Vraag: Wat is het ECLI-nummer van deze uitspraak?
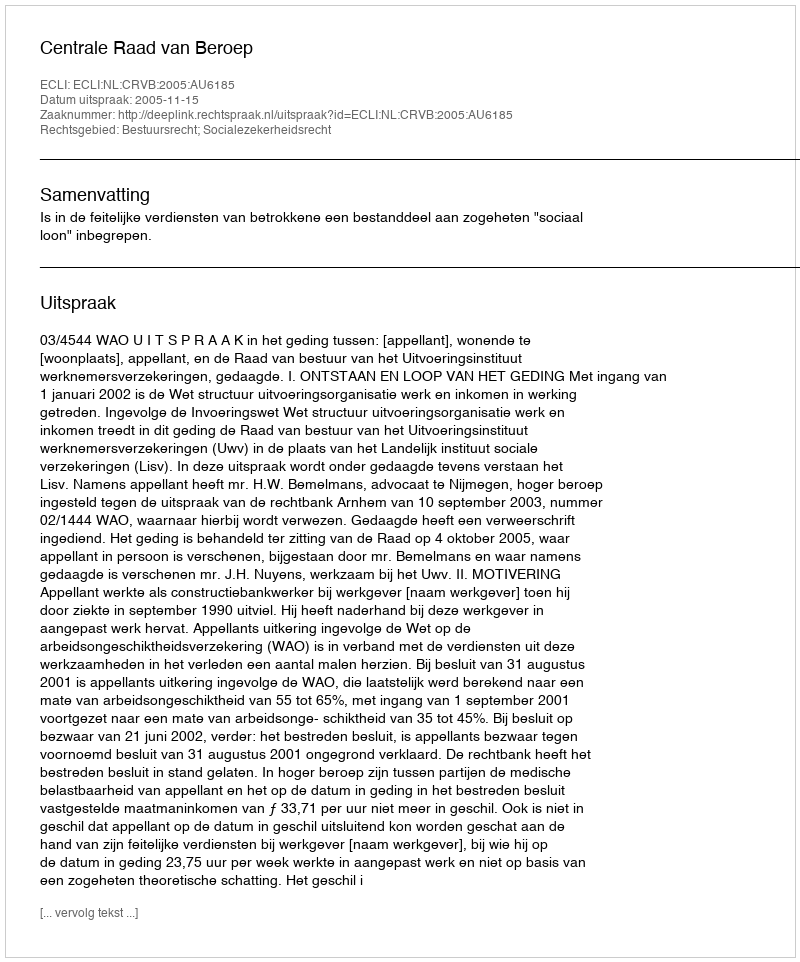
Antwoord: ECLI:NL:CRVB:2005:AU6185